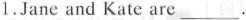
1.Jane and Kate are ___.